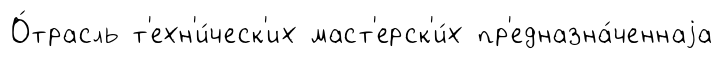
О́трасль т'ехн'и́ческ'их маст'ерск'и́х пр'едназна́ченнаjа